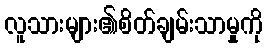
လူသားများ၏စိတ်ချမ်းသာမှုကို